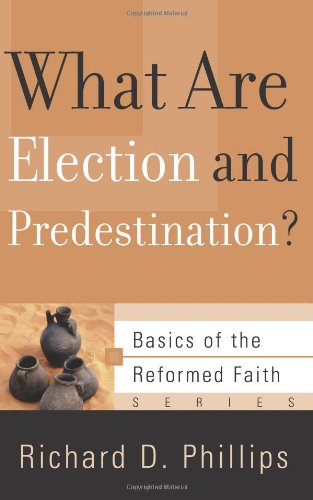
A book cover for What Are Election and Predestination? (Basics of the Faith) (Basics of the Reformed Faith); Richard D. Phillips; Christian Books & Bibles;